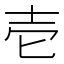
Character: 壱